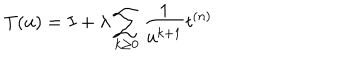
LaTeX: T ( u ) = I + \lambda \sum _ { k \geq 0 } \frac { 1 } { u ^ { k + 1 } } t ^ { ( n ) }